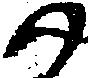
尉